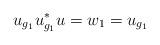
LaTeX: \begin{align*}u_{g_1}u^*_{g_1}u= w_1 = u_{g_1}\end{align*}